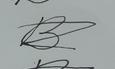
Signature authenticity: forged